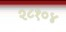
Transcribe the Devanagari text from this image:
२८१०४